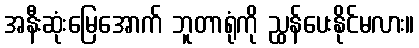
အနီးဆုံးမြေအောက် ဘူတာရုံကို ညွှန်ပေးနိုင်မလား။